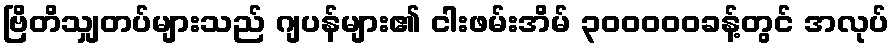
ဗြိတိသျှတပ်များသည် ဂျပန်များ၏ ငါးဖမ်းအိမ် ၃၀၀၀၀၀ခန့်တွင် အလုပ်